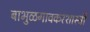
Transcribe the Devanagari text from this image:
बाभुळगावकरशास्त्री